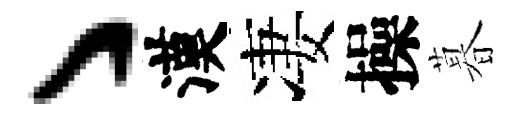
丶漢凄操暮